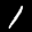
Label: 1